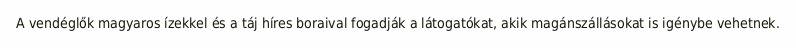
A vendéglők magyaros ízekkel és a táj híres boraival fogadják a látogatókat, akik magánszállásokat is igénybe vehetnek.